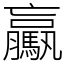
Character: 驘